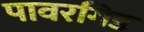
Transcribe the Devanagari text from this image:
पावरगिड